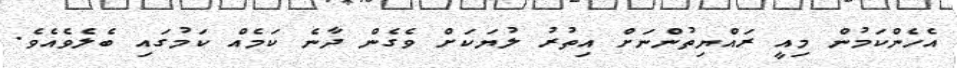
އެހެންކަމުން މިއީ ރައްޔިތުންނަށް އިތުރު ލުޔަކަށް ވެގެން ދާނެ ކަމެއް ކަމުގައި ބެލެވެއެވެ.